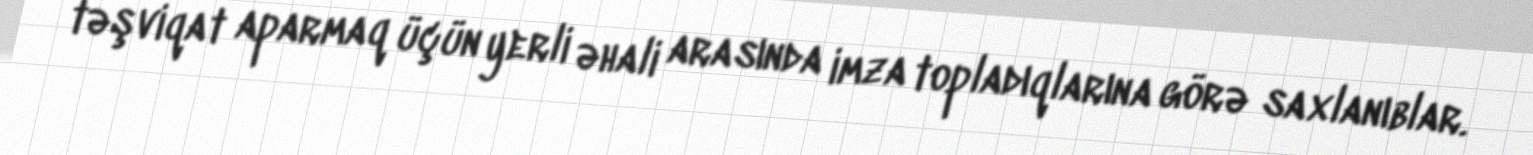
təşviqat aparmaq üçün yerli əhali arasında imza topladıqlarına görə saxlanıblar.